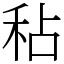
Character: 秥